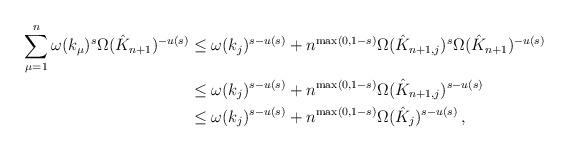
LaTeX: \begin{align*}\sum_{\mu=1}^{n} \omega(k_\mu)^s \Omega(\hat{K}_{n+1})^{-u(s)}&\leq\omega(k_{j})^{s-u(s)}+ n^{\max(0,1-s)} \Omega(\hat{K}_{n+1,j})^s \Omega(\hat{K}_{n+1})^{-u(s)}\\&\leq \omega(k_{j})^{s-u(s)}+ n^{\max(0,1-s)} \Omega(\hat{K}_{n+1,j})^{s-u(s)}\\&\leq \omega(k_{j})^{s-u(s)}+ n^{\max(0,1-s)} \Omega(\hat{K}_{j})^{s-u(s)}\,, \end{align*}